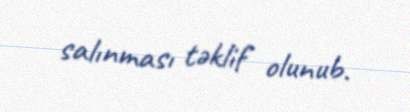
salınması təklif olunub.